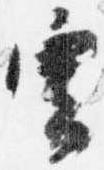
雲